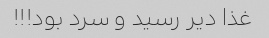
غذا دیر رسید و سرد بود!!!